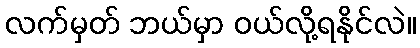
လက်မှတ် ဘယ်မှာ ဝယ်လို့ရနိုင်လဲ။